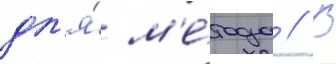
дл'я́ м'е́тода // В